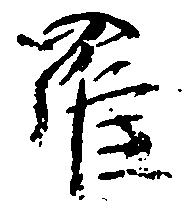
羅